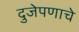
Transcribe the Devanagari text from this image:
दुजेपणाचे